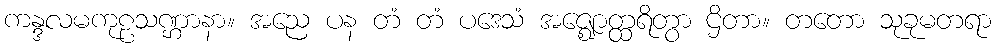
ကန္ဒလမကုဠသဏ္ဌာနာ။ အညေ ပန တံ တံ ပဒေသံ အဇ္ဈောတ္ထရိတွာ ဌိတာ။ တတော သုခုမတရာ